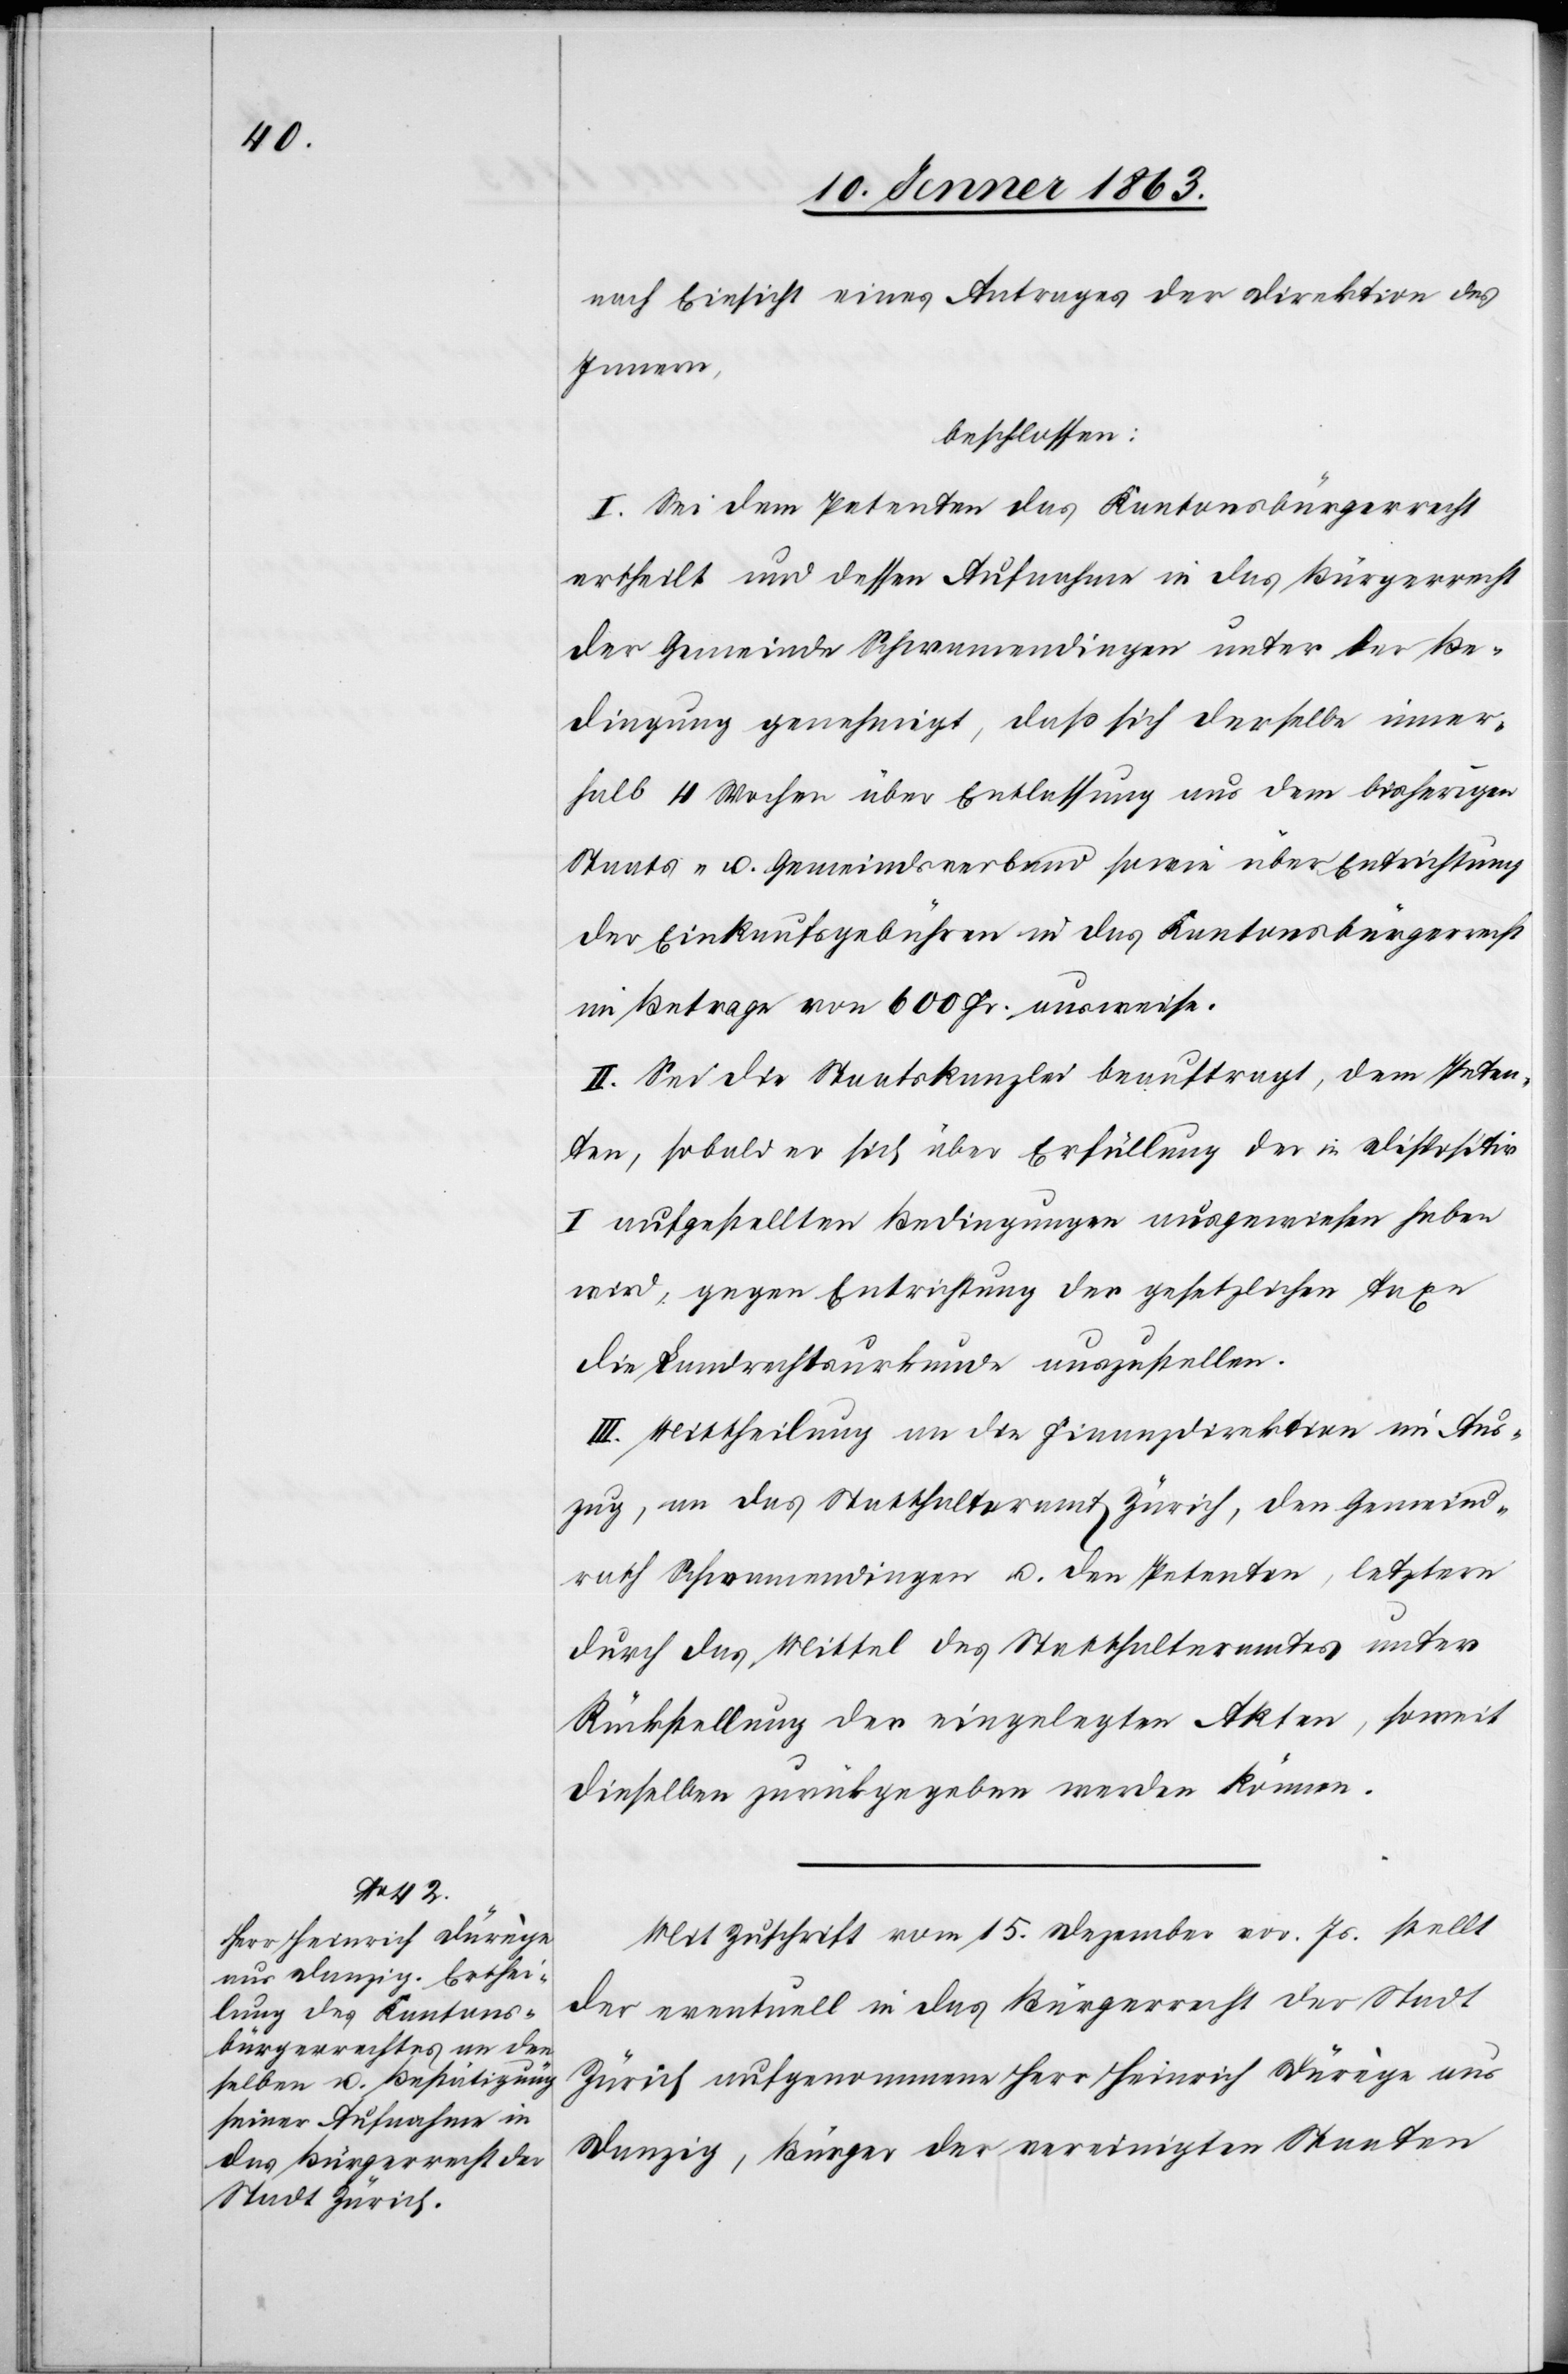
nach Einsicht eines Antrages der Direktion des
Innern,
beschlossen:
I. Sei dem Petenten das Kantonsbürgerrecht
ertheilt und dessen Aufnahme in das Bürgerrecht
der Gemeinde Schwamendingen unter der Be¬
dingung genehmigt, daß sich derselbe inner¬
halb 4 Wochen über Entlassung aus dem bisherigen
Staats- u. Gemeindsverband sowie über Entrichtung
der Einkaufsgebühren in das Kantonsbürgerrecht
im Betrage von 600 Fr. ausweise.
II. Sei die Staatskanzlei beauftragt, dem Peten¬
ten, sobald er sich über Erfüllung der in Dispositiv
I aufgestellten Bedingungen ausgewiesen haben
wird, gegen Entrichtung der gesetzlichen Taxe
die Landrechtsurkunde auszustellen.
III. Mittheilung an die Finanzdirektion im Aus¬
zug, an das Statthalteramt Zürich, den Gemeind¬
rath Schwamendingen u. den Petenten, letztern
durch das Mittel des Statthalteramtes unter
Rückstellung der eingelegten Akten, soweit
dieselben zurückgegeben werden können.
Mit Zuschrift vom 15. Dezember vor. Js. stellt
der eventuell in das Bürgerrecht der Stadt
Zürich aufgenommene Herr Heinrich Dürège aus
Danzig, Bürger der vereinigten Staaten